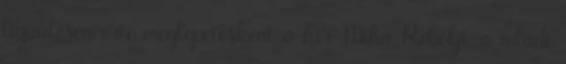
ligaülésen érte meglepetésként a hír Miha Reboljt, a mladi